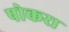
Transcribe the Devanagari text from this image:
पोकरा